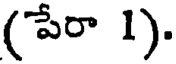
(పేరా 1).